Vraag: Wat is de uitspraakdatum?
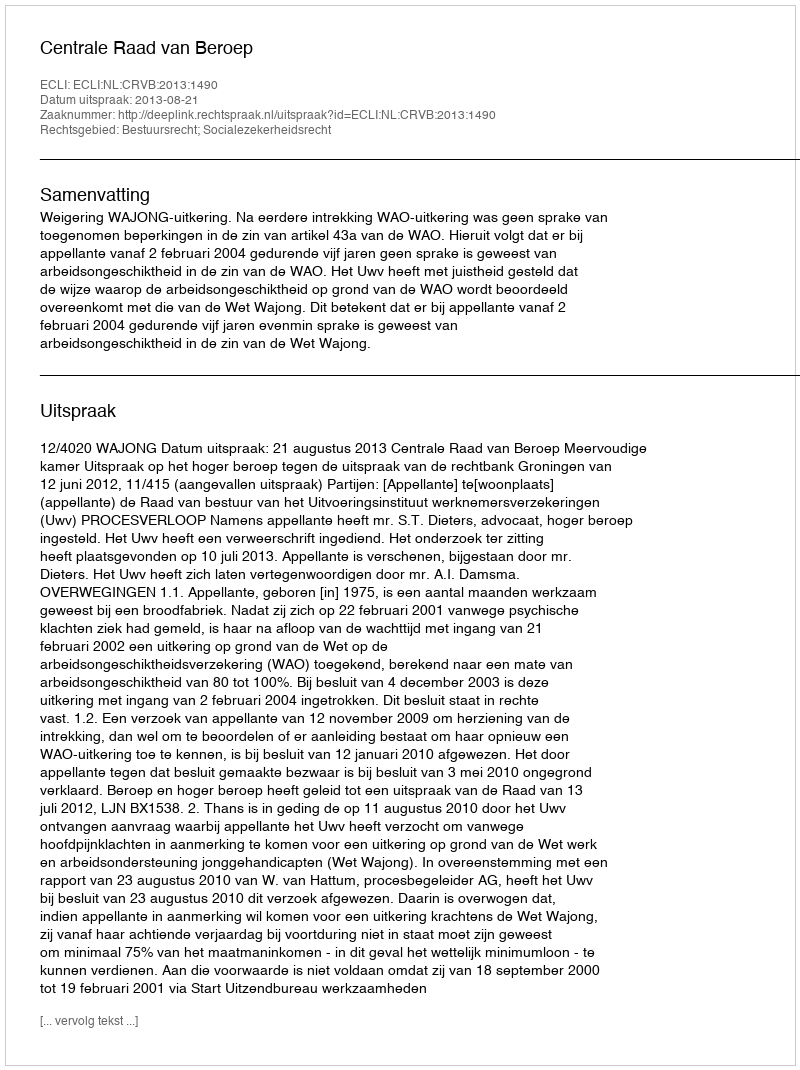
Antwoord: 2013-08-21